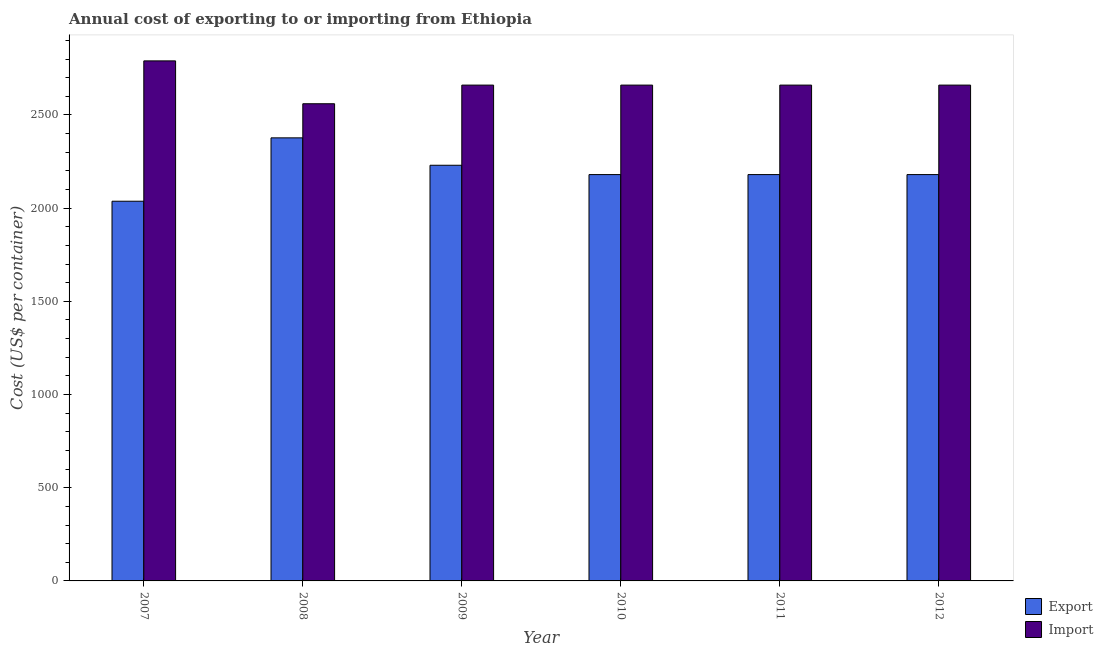
| Year | Export | Import |
 | --- | --- | --- |
 | 2007 | 2.04e+03 | 2.79e+03 |
 | 2008 | 2.38e+03 | 2.56e+03 |
 | 2009 | 2.23e+03 | 2.66e+03 |
 | 2010 | 2.18e+03 | 2.66e+03 |
 | 2011 | 2.18e+03 | 2.66e+03 |
 | 2012 | 2.18e+03 | 2.66e+03 |